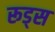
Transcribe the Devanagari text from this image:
रूड्स